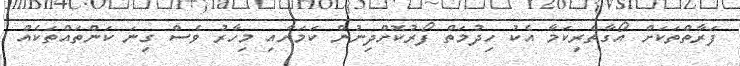
ފަރާތްތަކަށް އޯގާތެރިކަމާ އެކު ހިދުމަތް ފޯރުކޮށްދިނުން ކަމަށާއި މިހާރު ވެސް ގިނަ ކަންތައްތަކެއް